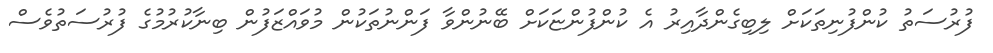
ފުރުސަތު ކުންފުނިތަކަށް ލިބިގެންދާއިރު އެ ކުންފުންޏަކަށް ބޭނުންވާ ފަންނުތަކުން މުވައްޒަފުން ބިނާކުރުމުގެ ފުރުސަތުވެސް